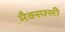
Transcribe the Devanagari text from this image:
मैक्स्फ्ली